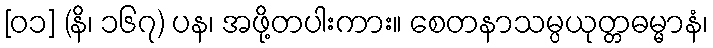
[၀၁] (နိ၊ ၁၆၇) ပန၊ အဖို့တပါးကား။ စေတနာသမ္ပယုတ္တဓမ္မာနံ၊